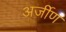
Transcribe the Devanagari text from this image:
अर्जीण